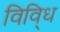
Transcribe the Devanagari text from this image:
विवि्ध